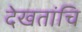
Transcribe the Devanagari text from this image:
देखतांचि